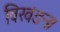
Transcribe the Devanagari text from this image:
विखंडन।